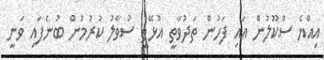
އިއްޔެ ސްކޫލުން އައި ފަހުން ތަދުވާތީ އުޅޭތީ ސުވާލު ކުރުމުން ބުނެފައި ވަނީ